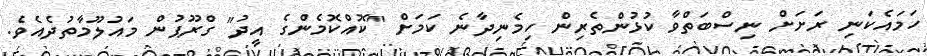
ހަމައެކަނި ރަށަށް ނިސްބަތްވާ ކުޅުންތެރިން ހިމެނިދާނެ ކަމަށް "ކޮއްކޮމެންގެ އީދު" ގްރޫޕުން މައުލޫމާތުދެއެވެ.